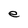
Character: e